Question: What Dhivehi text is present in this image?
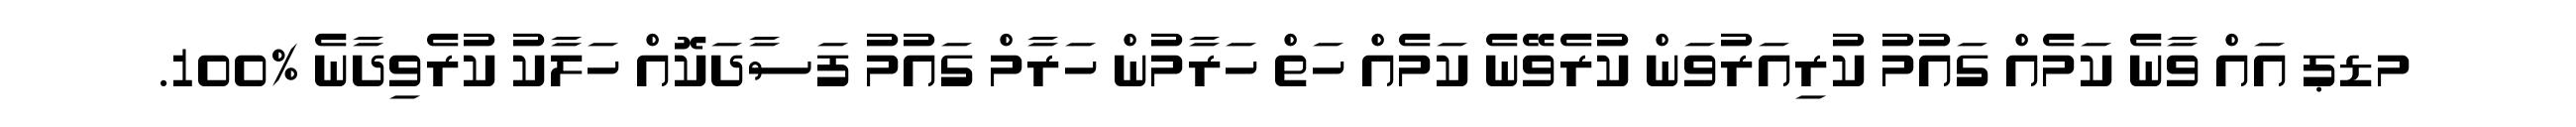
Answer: މޑޕ އައް ވާނެ ކަމެއް ގައުމު ކުރިއަރުވަން ކުރެވޭނެ ކަމެއް ހަތް ހަރާމުން ހަރާމް ގައުމު ފަސާދަކޮއް ހަލާކު ކުރެވިދާނެ %100.